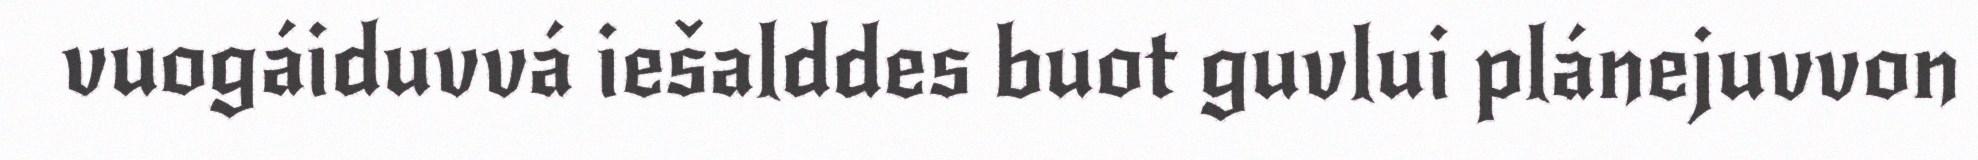
vuogáiduvvá iešalddes buot guvlui plánejuvvon